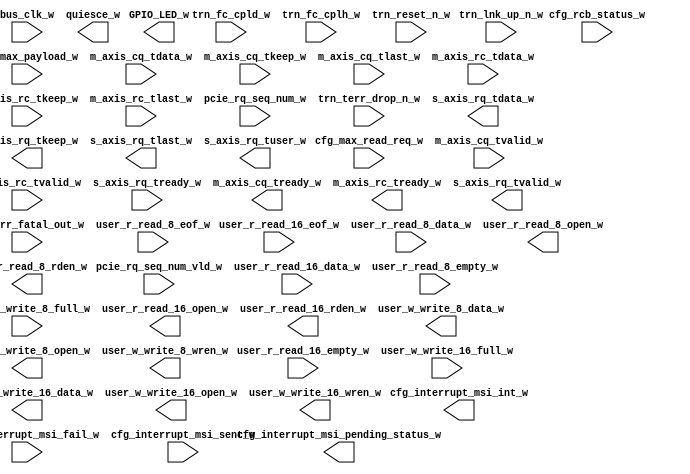
module xillybus_core
  (
  input  bus_clk_w,
  input  cfg_err_fatal_out_w,
  input  cfg_interrupt_msi_fail_w,
  input  cfg_interrupt_msi_sent_w,
  input [2:0] cfg_max_payload_w,
  input [2:0] cfg_max_read_req_w,
  input [1:0] cfg_rcb_status_w,
  input [63:0] m_axis_cq_tdata_w,
  input [1:0] m_axis_cq_tkeep_w,
  input  m_axis_cq_tlast_w,
  input  m_axis_cq_tvalid_w,
  input [63:0] m_axis_rc_tdata_w,
  input [1:0] m_axis_rc_tkeep_w,
  input  m_axis_rc_tlast_w,
  input  m_axis_rc_tvalid_w,
  input  pcie_rq_seq_num_vld_w,
  input [3:0] pcie_rq_seq_num_w,
  input [3:0] s_axis_rq_tready_w,
  input [11:0] trn_fc_cpld_w,
  input [7:0] trn_fc_cplh_w,
  input  trn_lnk_up_n_w,
  input  trn_reset_n_w,
  input  trn_terr_drop_n_w,
  input [15:0] user_r_read_16_data_w,
  input  user_r_read_16_empty_w,
  input  user_r_read_16_eof_w,
  input [7:0] user_r_read_8_data_w,
  input  user_r_read_8_empty_w,
  input  user_r_read_8_eof_w,
  input  user_w_write_16_full_w,
  input  user_w_write_8_full_w,
  output [3:0] GPIO_LED_w,
  output [31:0] cfg_interrupt_msi_int_w,
  output [63:0] cfg_interrupt_msi_pending_status_w,
  output [21:0] m_axis_cq_tready_w,
  output [21:0] m_axis_rc_tready_w,
  output  quiesce_w,
  output [63:0] s_axis_rq_tdata_w,
  output [1:0] s_axis_rq_tkeep_w,
  output  s_axis_rq_tlast_w,
  output [59:0] s_axis_rq_tuser_w,
  output  s_axis_rq_tvalid_w,
  output  user_r_read_16_open_w,
  output  user_r_read_16_rden_w,
  output  user_r_read_8_open_w,
  output  user_r_read_8_rden_w,
  output [15:0] user_w_write_16_data_w,
  output  user_w_write_16_open_w,
  output  user_w_write_16_wren_w,
  output [7:0] user_w_write_8_data_w,
  output  user_w_write_8_open_w,
  output  user_w_write_8_wren_w
);
endmodule